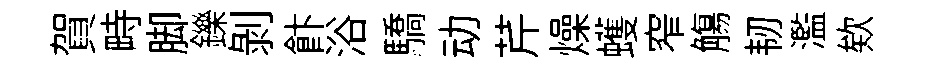
賀畤脚鑠剝飰浴驕动芹燥蠖窄觴韧濫欸